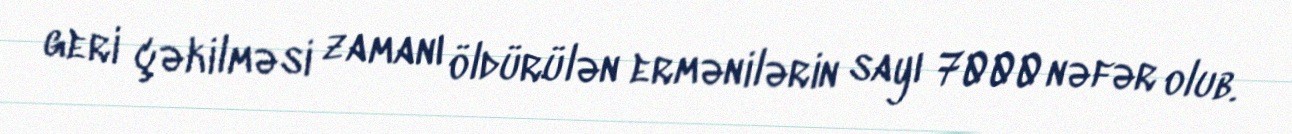
geri çəkilməsi zamanı öldürülən ermənilərin sayı 7000 nəfər olub.